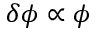
\delta \phi \propto \phi